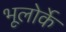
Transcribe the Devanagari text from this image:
भूलोर्के